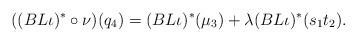
LaTeX: \begin{align*}((BL\iota)^\ast \circ\nu)(q_4)=(BL\iota)^\ast(\mu_3)+\lambda (BL\iota)^\ast(s_1t_2).\end{align*}